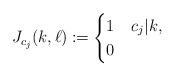
LaTeX: \begin{align*}J_{c_j}(k,\ell) \coloneqq \begin{cases} 1 & c_j|k, \\ 0 & \end{cases}\end{align*}